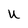
Character: U